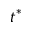
t ^ { * }